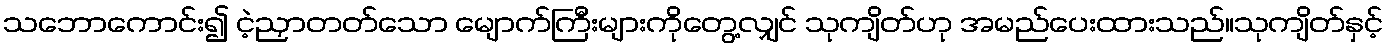
သဘောကောင်း၍ ငဲ့ညှာတတ်သော မျောက်ကြီးများကိုတွေ့လျှင် သုကျိတ်ဟု အမည်ပေးထားသည်။သုကျိတ်နှင့်